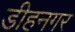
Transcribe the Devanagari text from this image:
डीहनगर